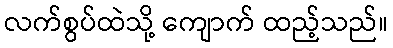
လက်စွပ်ထဲသို့ ကျောက် ထည့်သည်။